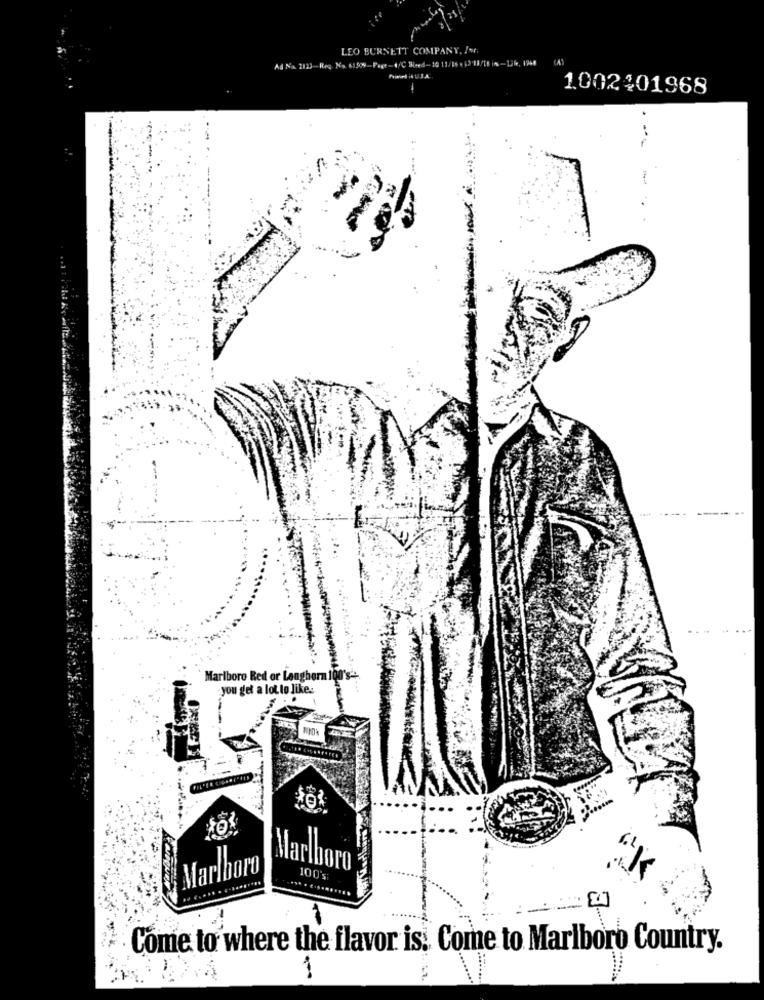
LEO BURNETT COMPANY, Jer.
Ad Na 2123-Reg. Ma. 61509 Pagt-4/C Bised-10 12/85 . 13'18/15 ins -Life, 1944
1.002401968
Marlboro Red or Langhorn 100's"
you get a lot to like.
Marlboro
Marlboro
100's:
Come to where the flavor is: Come to Marlboro Country.
1